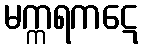
မက္ကရကဋေ